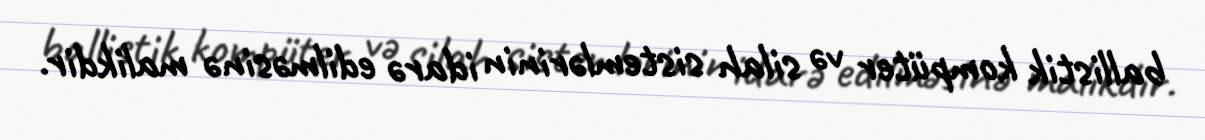
ballistik kompüter və silah sistemlərinin idarə edilməsinə malikdir.